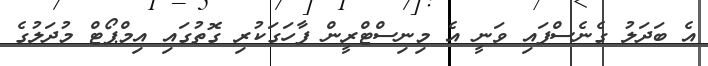
އެ ބަދަލު ގެނެސްފައި ވަނީ އެ މިނިސްޓްރީން ފާހަގަކުރި ގޮތުގައި އިމްޕޯޓް މުދަލުގެ